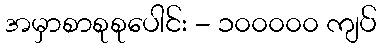
အမှာစာစုစုပေါင်း - ၁၀၀၀၀၀ ကျပ်